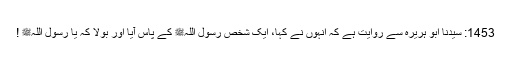
1453: سیدنا ابو ہریرہؓ سے روایت ہے کہ انہوں نے کہا، ایک شخص رسول اللہﷺ کے پاس آیا اور بولا کہ یا رسول اللہﷺ !